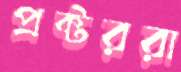
প্রক্টররা